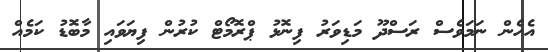
އެހެން ނަމަވެސް ރަސްދޫ މަޑިވަރު ފިނޮޅު ޕްރޮމޯޓް ކުރުން ފިޔަވައި މާބޮޑު ކަމެއް